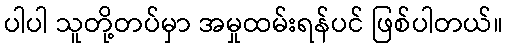
ပါပါ သူတို့တပ်မှာ အမှုထမ်းရန်ပင် ဖြစ်ပါတယ်။